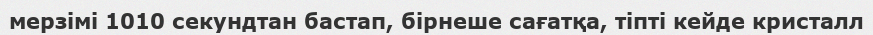
мерзімі 1010 секундтан бастап, бірнеше сағатқа, тіпті кейде кристалл